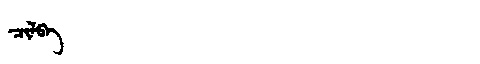
Manchu: ᠴᡳᠯᠪᠠ
Romanization: CILBA